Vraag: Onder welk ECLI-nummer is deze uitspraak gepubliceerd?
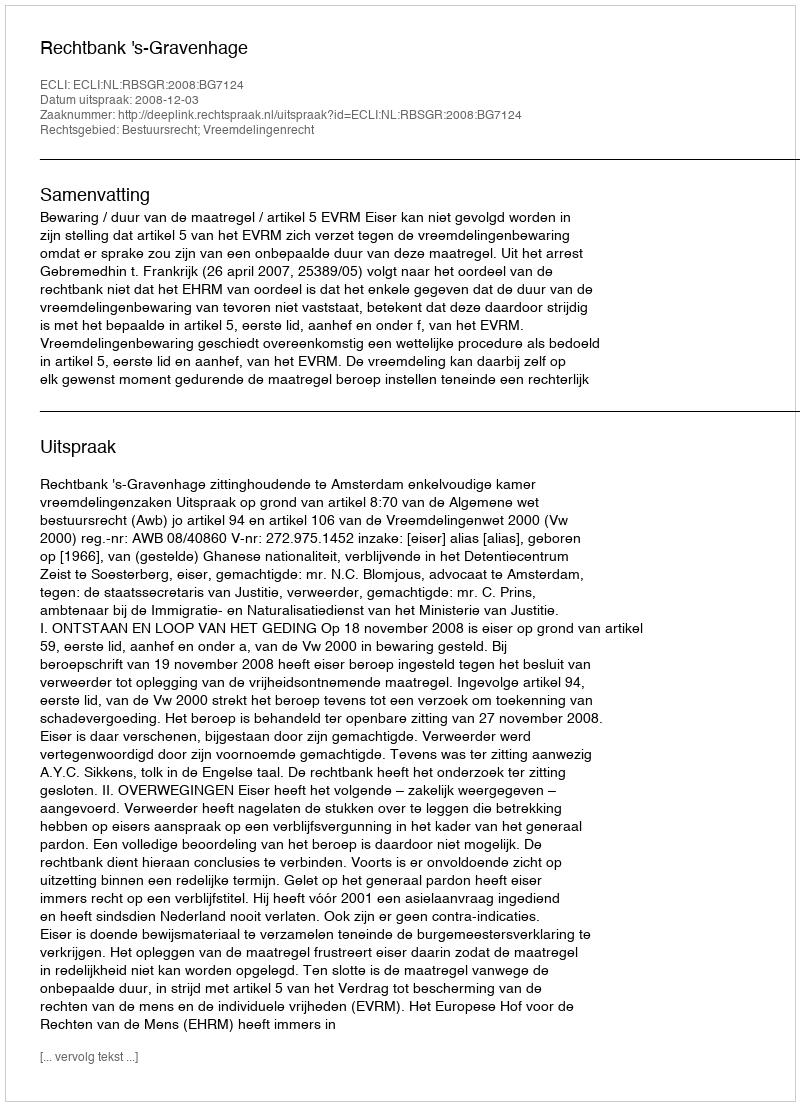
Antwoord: ECLI:NL:RBSGR:2008:BG7124